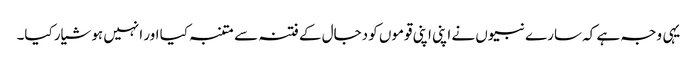
یہی وجہ ہے کہ سارے نبیوں نے اپنی اپنی قوموں کو دجال کے فتنہ سے متنبہ کیا اور انہیں ہوشیار کیا۔